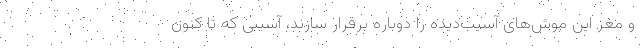
و مغز این موش‌های آسیب‌دیده را دوباره برقرار سازند، آسیبی که تا کنون